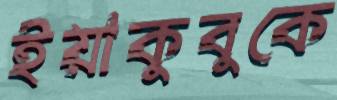
ইয়াকুবুকে